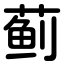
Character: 蓟